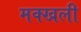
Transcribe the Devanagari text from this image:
मक्खली